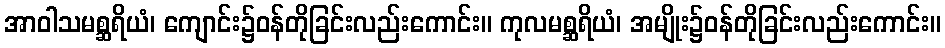
အာဝါသမစ္ဆရိယံ၊ ကျောင်း၌ဝန်တိုခြင်းလည်းကောင်း။ ကုလမစ္ဆရိယံ၊ အမျိုး၌ဝန်တိုခြင်းလည်းကောင်း။